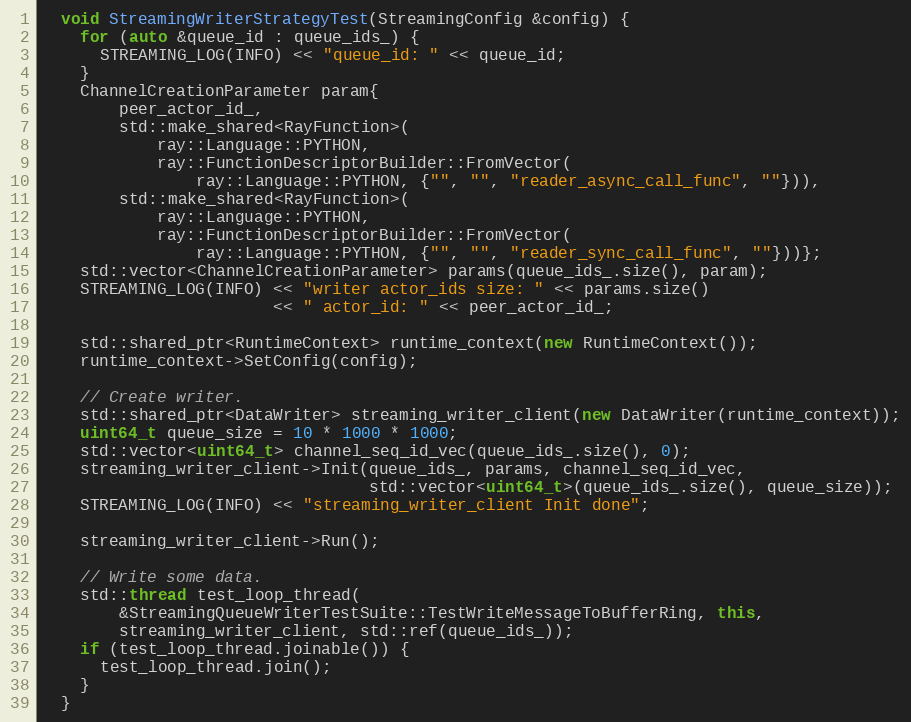
Language: C++
  void StreamingWriterStrategyTest(StreamingConfig &config) {
    for (auto &queue_id : queue_ids_) {
      STREAMING_LOG(INFO) << "queue_id: " << queue_id;
    }
    ChannelCreationParameter param{
        peer_actor_id_,
        std::make_shared<RayFunction>(
            ray::Language::PYTHON,
            ray::FunctionDescriptorBuilder::FromVector(
                ray::Language::PYTHON, {"", "", "reader_async_call_func", ""})),
        std::make_shared<RayFunction>(
            ray::Language::PYTHON,
            ray::FunctionDescriptorBuilder::FromVector(
                ray::Language::PYTHON, {"", "", "reader_sync_call_func", ""}))};
    std::vector<ChannelCreationParameter> params(queue_ids_.size(), param);
    STREAMING_LOG(INFO) << "writer actor_ids size: " << params.size()
                        << " actor_id: " << peer_actor_id_;

    std::shared_ptr<RuntimeContext> runtime_context(new RuntimeContext());
    runtime_context->SetConfig(config);

    // Create writer.
    std::shared_ptr<DataWriter> streaming_writer_client(new DataWriter(runtime_context));
    uint64_t queue_size = 10 * 1000 * 1000;
    std::vector<uint64_t> channel_seq_id_vec(queue_ids_.size(), 0);
    streaming_writer_client->Init(queue_ids_, params, channel_seq_id_vec,
                                  std::vector<uint64_t>(queue_ids_.size(), queue_size));
    STREAMING_LOG(INFO) << "streaming_writer_client Init done";

    streaming_writer_client->Run();

    // Write some data.
    std::thread test_loop_thread(
        &StreamingQueueWriterTestSuite::TestWriteMessageToBufferRing, this,
        streaming_writer_client, std::ref(queue_ids_));
    if (test_loop_thread.joinable()) {
      test_loop_thread.join();
    }
  }